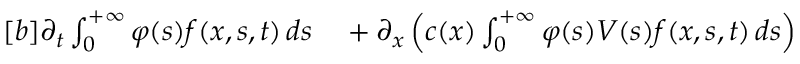
\begin{array} { r } { \begin{array} { r l } { [ b ] \partial _ { t } \int _ { 0 } ^ { + \infty } \varphi ( s ) f ( x , s , t ) \, d s } & { { } + \partial _ { x } \left( c ( x ) \int _ { 0 } ^ { + \infty } \varphi ( s ) V ( s ) f ( x , s , t ) \, d s \right) } \end{array} } \end{array}